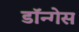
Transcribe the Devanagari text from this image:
डॉन्गेस